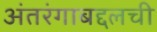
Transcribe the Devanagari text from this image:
अंतरंगाबद्दलची